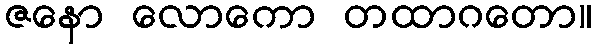
ဇနော လောကော တထာဂတော။